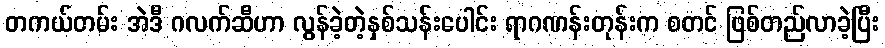
တကယ်တမ်း အဲဒီ ဂလက်ဆီဟာ လွန်ခဲ့တဲ့နှစ်သန်းပေါင်း ရာဂဏန်းတုန်းက စတင် ဖြစ်တည်လာခဲ့ပြီး